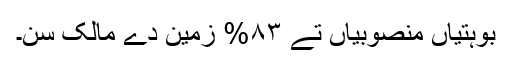
بوہتیاں منصوبیاں تے ٨٣% زمین دے مالک سن۔